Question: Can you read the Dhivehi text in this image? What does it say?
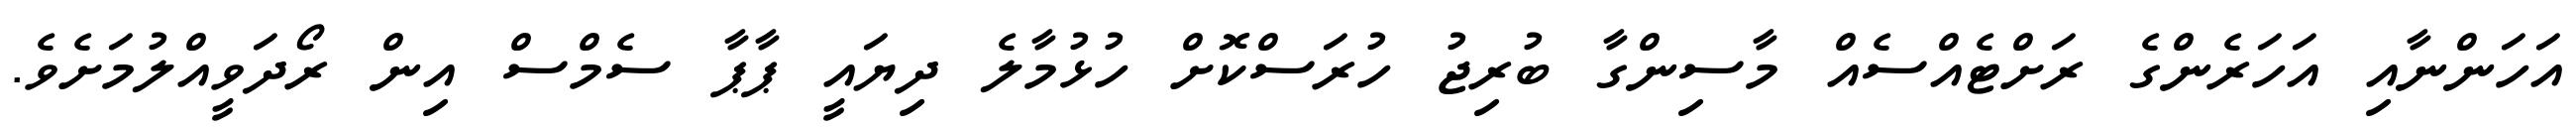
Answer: އަހަންނާއި އަހަރެންގެ ރަށްޓެއްސެއް މާސިންގާ ބުރިޖު ހުރަސްކޮށް ހުޅުމާލެ ދިޔައީ ޕާޕާ ސެމްސް އިން ރޯދަވީއްލުމަށެވެ.